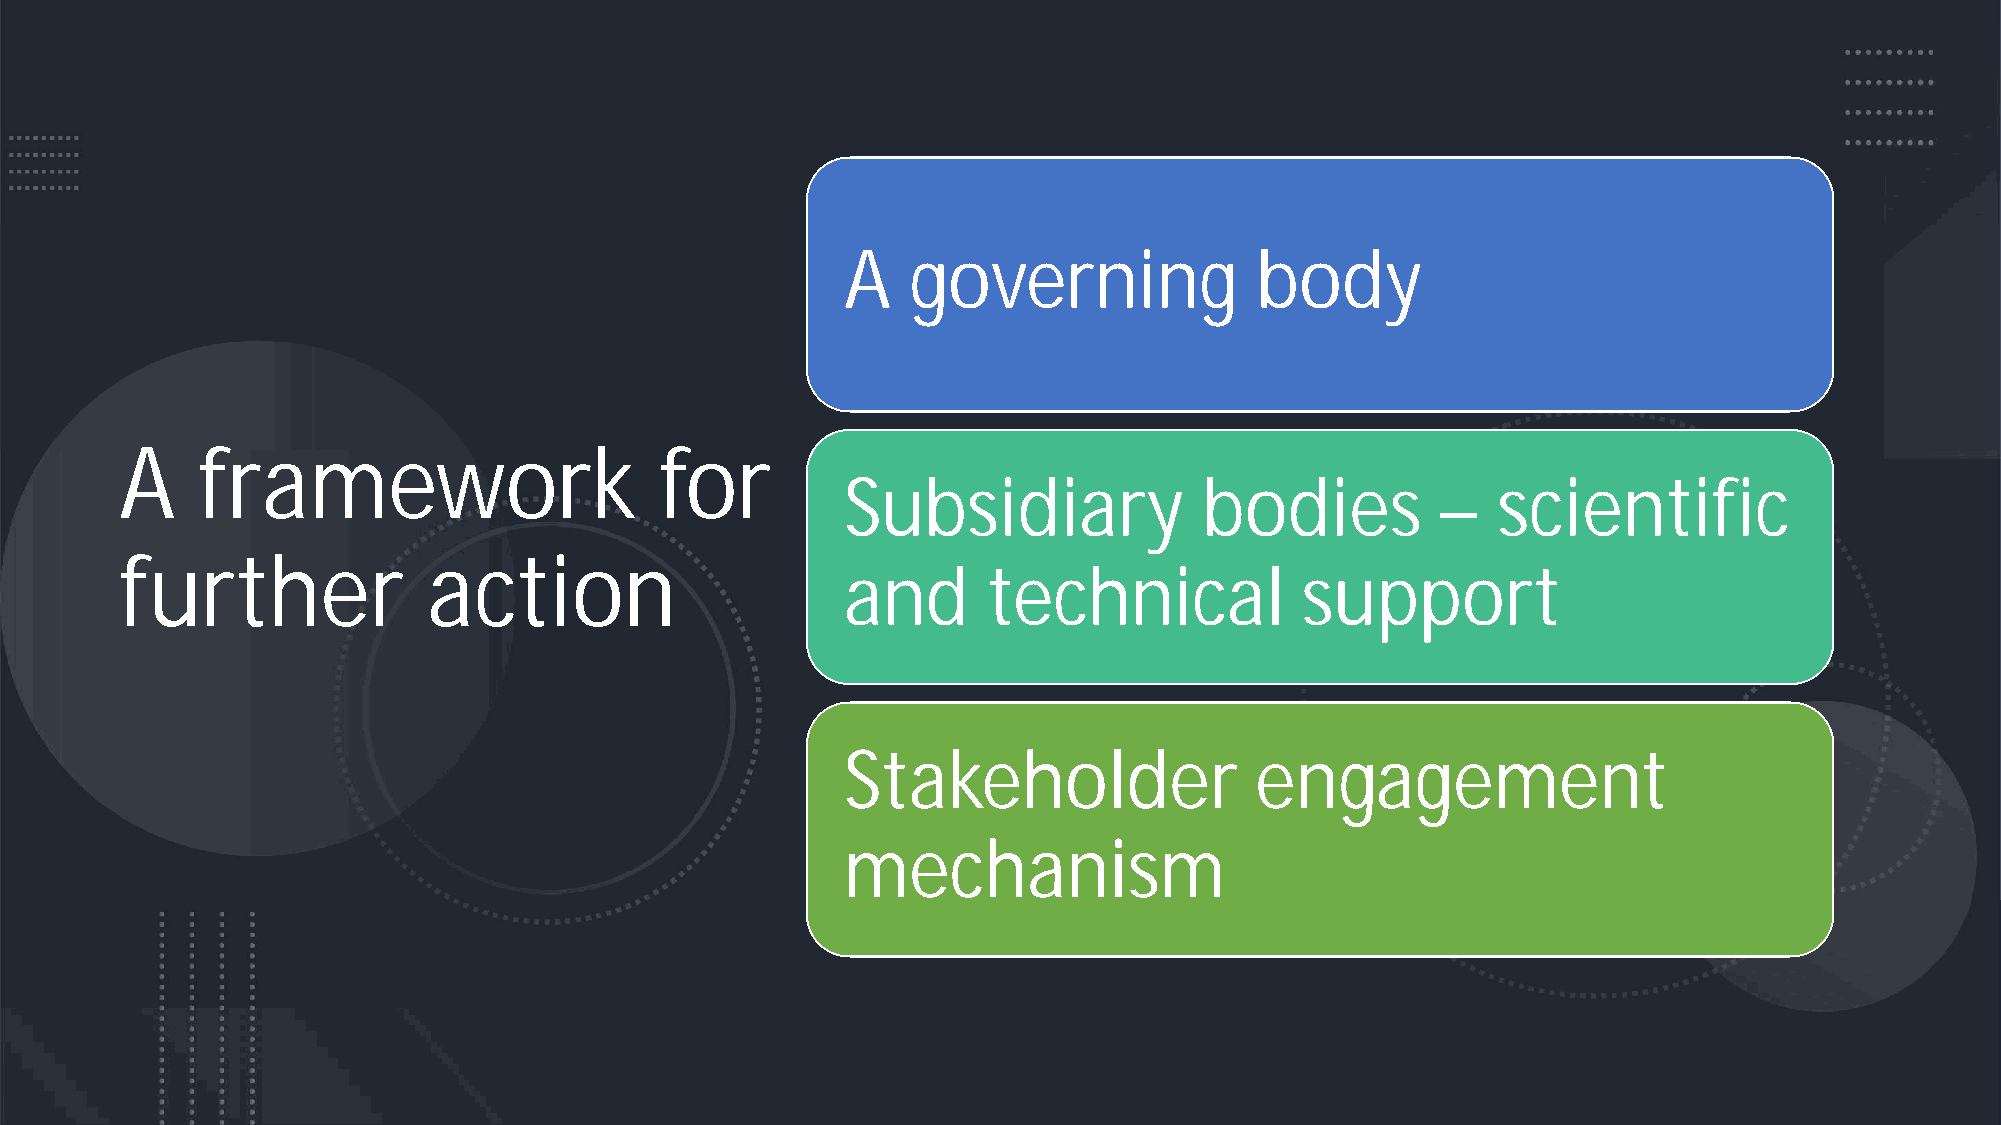
A   governing              body
 A    framework                      for
 Subsidiary              bodies         –   scientific
 further             action
 and      technical            support
 Stakeholder                engagement
 mechanism